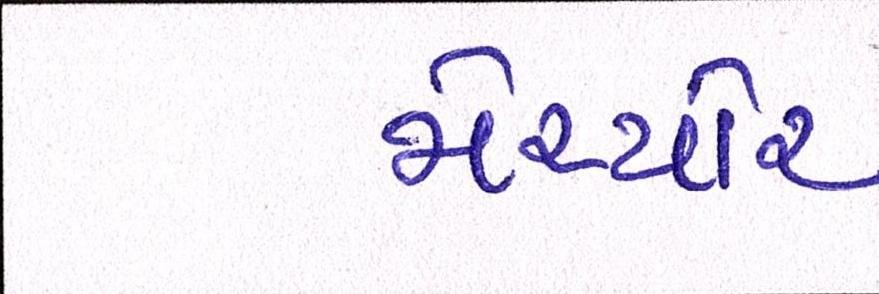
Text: મેચ્યોર